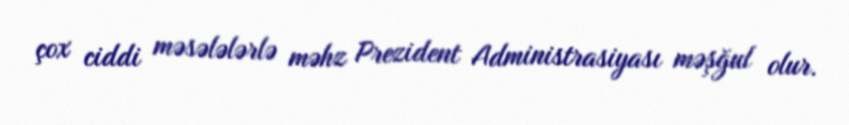
çox ciddi məsələlərlə məhz Prezident Administrasiyası məşğul olur.